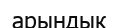
арындык